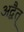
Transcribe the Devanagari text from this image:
अद्वैत्